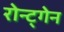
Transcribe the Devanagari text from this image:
रोन्ट्गेेन